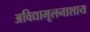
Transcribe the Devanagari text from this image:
अविद्यामूलनाशाय